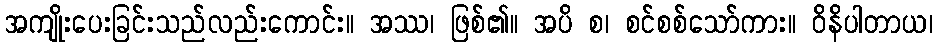
အကျိုးပေးခြင်းသည်လည်းကောင်း။ အဿ၊ ဖြစ်၏။ အပိ စ၊ စင်စစ်သော်ကား။ ဝိနိပါတာယ၊